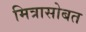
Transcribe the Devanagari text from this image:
मित्रासोबत